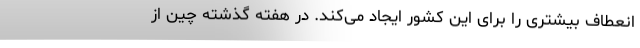
انعطاف بیشتری را برای این کشور ایجاد می‌کند. در هفته گذشته چین از